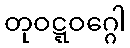
တုဝဋ္ဋဝဂ္ဂေါ